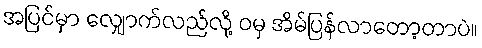
အပြင်မှာ လျှောက်လည်လို့ ဝမှ အိမ်ပြန်လာတော့တာပဲ။